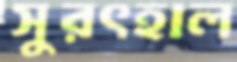
সুরৎহাল